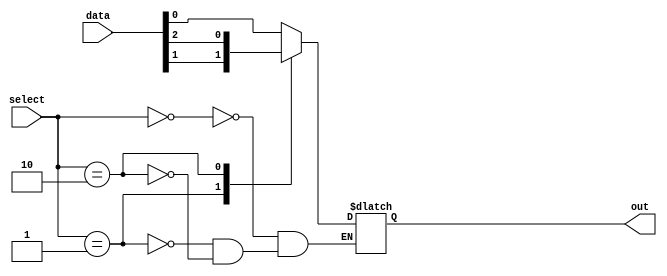
module mux_256to1 (
    input [255:0] data,
    input [7:0] select,
    output reg out
);

always @(*) begin
    case (select)
        8'h00: out = data[0];
        8'h01: out = data[1];
        8'h02: out = data[2];
        // Continue with pattern for all 256 input signals
    endcase
end

endmodule